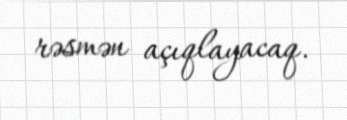
rəsmən açıqlayacaq.